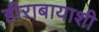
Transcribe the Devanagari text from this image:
हीराबायाशी